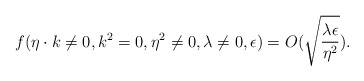
\begin{align*}f(\eta\cdot k\neq0, k^2=0, \eta^2\neq0,\lambda\neq0,\epsilon)= O(\sqrt{{\lambda\epsilon\over\eta^2}}).\end{align*}